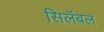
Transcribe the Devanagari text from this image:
सिलॅबल